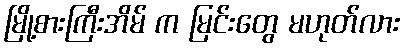
မြို့စားကြီးအိမ် က မြင်းတွေ မဟုတ်လား